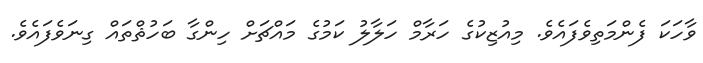
ވާހަކަ ފެންމަތިވެފައެވެ. މިއުޒިކުގެ ހަރާމް ހަލާލު ކަމުގެ މައްޗަށް ހިންގާ ބަހުޘްތައް ގިނަވެފައެވެ.